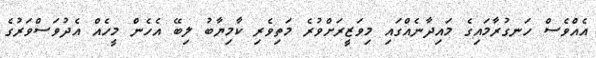
އެއްވެސް ހަނގުރާމައިގެ މައިދާނެއްގައި މިވަޒީރަށްވުރެ މަތިވެރި ކާމިޔާބު ލިބޭ އެހެން މީހެއް އެދުވަސްވަރުގެ